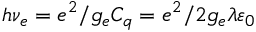
h \nu _ { e } = e ^ { 2 } / g _ { e } C _ { q } = e ^ { 2 } / 2 g _ { e } \lambda \varepsilon _ { 0 }